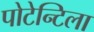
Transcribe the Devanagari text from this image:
पोटेन्टिला